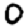
Digit: 0